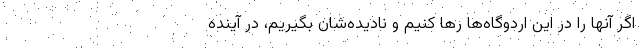
اگر آنها را در این اردوگاه‌ها رها کنیم و نادیده‌شان بگیریم، در آینده